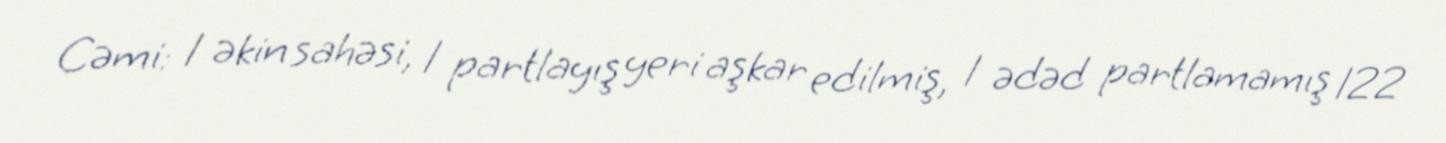
Cəmi: 1 əkin sahəsi, 1 partlayış yeri aşkar edilmiş, 1 ədəd partlamamış 122